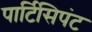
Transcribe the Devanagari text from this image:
पार्टिसिपंट